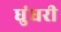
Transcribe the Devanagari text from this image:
धुंधरी